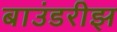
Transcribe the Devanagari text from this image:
बाउंडरीझ